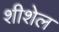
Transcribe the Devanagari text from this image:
शीशेल